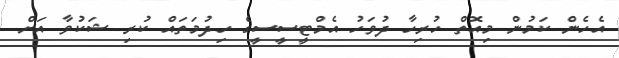
އެހެން ކަމުން މިއޮތް ހުރިހާ ދުވަހު އެމްޓީސީސީގެ ހިދުމަތައް ކުރި ޝަކުވާ އަށް